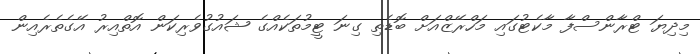
މިދިޔަ ޓްރާންސްފާ މާކެޓުގައި މަހްރޭޒްއަށް ބޮޑެތި ގިނަ ޓީމުތަކެއްގެ ޝައުގުވެރިކަން އޮތްއިރު އޭގެތެރެއިން